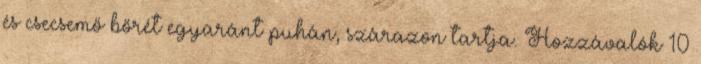
és csecsemő bőrét egyaránt puhán, szárazon tartja. Hozzávalók 10